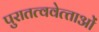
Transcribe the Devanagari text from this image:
पुरातत्ववेत्‍ताओं